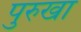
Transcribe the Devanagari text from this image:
पुरुखा